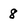
Character: 8